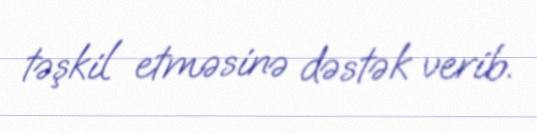
təşkil etməsinə dəstək verib.